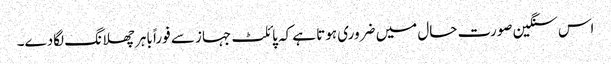
اس سنگین صورت حال میں ضروری ہوتا ہے کہ پائلٹ جہاز سے فوراً باہر چھلانگ لگادے۔